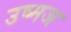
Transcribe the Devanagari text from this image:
उष्मज